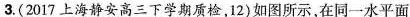
3.(2017上海静安高三下学期质检，12)如图所示，在同一水平面